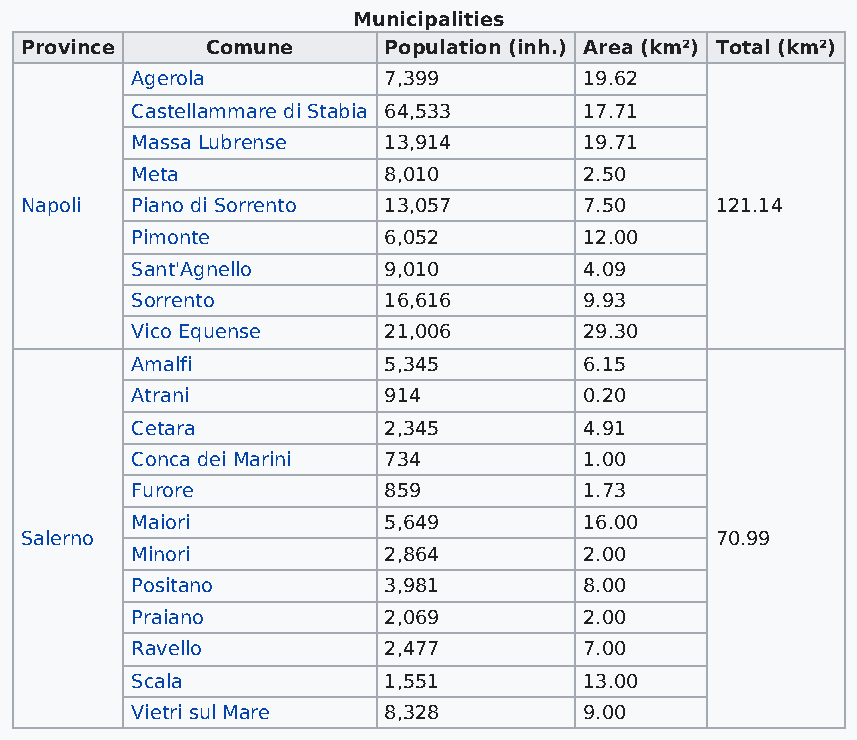
Municipalities
 Province     Comune     Population (inh.) Area (km²) Total (km²)
 Agerola         7,399         19.62
 Castellammare di Stabia 64,533 17.71
 Massa Lubrense  13,914        19.71
 Meta            8,010         2.50
 Napoli  Piano di Sorrento 13,057      7.50    121.14
 Pimonte         6,052         12.00
 Sant'Agnello    9,010         4.09
 Sorrento        16,616        9.93
 Vico Equense    21,006        29.30
 Amalfi          5,345         6.15
 Atrani          914           0.20
 Cetara          2,345         4.91
 Conca dei Marini 734          1.00
 Furore          859           1.73
 Maiori          5,649         16.00
 Salerno                                       70.99
 Minori          2,864         2.00
 Positano        3,981         8.00
 Praiano         2,069         2.00
 Ravello         2,477         7.00
 Scala           1,551         13.00
 Vietri sul Mare 8,328         9.00